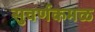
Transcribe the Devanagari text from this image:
सुवर्णकमळ